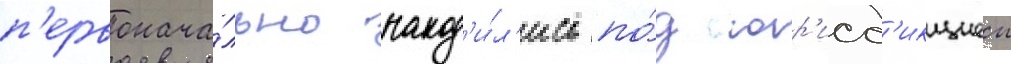
п'ервонача́льно наход'и́л'ись по́д юр'исд'икциеи